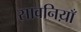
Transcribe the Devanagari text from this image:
सावनिय़ाँ